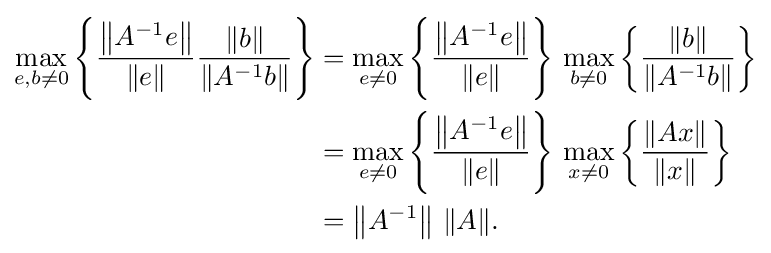
{\begin{aligned}\max _{e,b\neq 0}\left\{{\frac {\left\|A^{-1}e\right\|}{\|e\|}}{\frac {\|b\|}{\left\|A^{-1}b\right\|}}\right\}&=\max _{e\neq 0}\left\{{\frac {\left\|A^{-1}e\right\|}{\|e\|}}\right\}\,\max _{b\neq 0}\left\{{\frac {\|b\|}{\left\|A^{-1}b\right\|}}\right\}\\&=\max _{e\neq 0}\left\{{\frac {\left\|A^{-1}e\right\|}{\|e\|}}\right\}\,\max _{x\neq 0}\left\{{\frac {\|Ax\|}{\|x\|}}\right\}\\&=\left\|A^{-1}\right\|\,\|A\|.\end{aligned}}